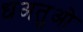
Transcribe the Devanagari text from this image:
धअतुओ